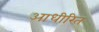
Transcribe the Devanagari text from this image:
आधीरित